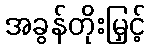
အခွန်တိုးမြှင့်